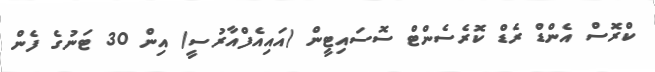
ކްރޮސް އެންޑް ރެޑް ކޮރެސެންޓް ސޮސައިޓީން (އައިއެފްއާރުސީ) އިން 30 ޓަނުގެ ފެން